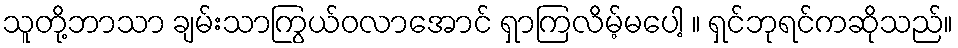
သူတို့ဘာသာ ချမ်းသာကြွယ်ဝလာအောင် ရှာကြလိမ့်မပေါ့ ။ ရှင်ဘုရင်ကဆိုသည်။